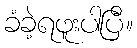
ခံခဲ့ရဖူးပါပြီ။